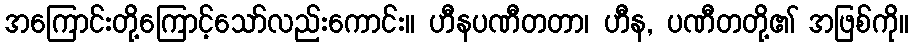
အကြောင်းတို့ကြောင့်သော်လည်းကောင်း။ ဟီနပဏီတတာ၊ ဟီန, ပဏီတတို့၏ အဖြစ်ကို။